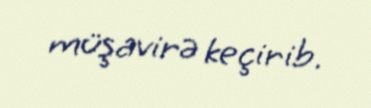
müşavirə keçirib.